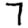
Digit: 7